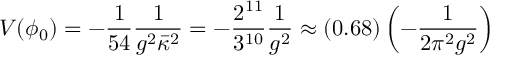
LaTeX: V ( \phi _ { 0 } ) = - \frac { 1 } { 5 4 } \frac { 1 } { g ^ { 2 } \bar { \kappa } ^ { 2 } } = - \frac { 2 ^ { 1 1 } } { 3 ^ { 1 0 } } \frac { 1 } { g ^ { 2 } } \approx ( 0 . 6 8 ) \left( - \frac { 1 } { 2 \pi ^ { 2 } g ^ { 2 } } \right)